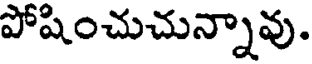
పోషించుచున్నావు.